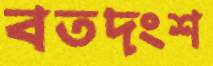
বতদংশ